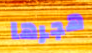
هجرها